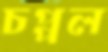
চপ্পল